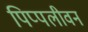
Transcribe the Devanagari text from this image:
पिप्पलीवन